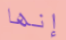
إنها